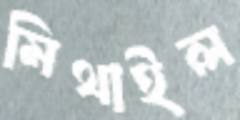
মিথাইল